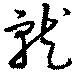
就